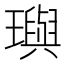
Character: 璵